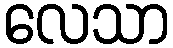
လေသာ